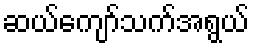
ဆယ်ကျော်သက်အရွယ်